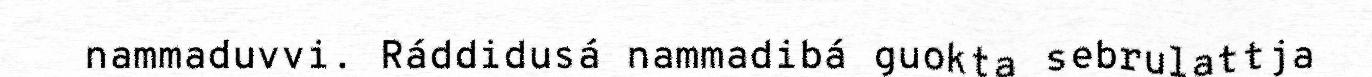
nammaduvvi. Ráddidusá nammadibá guokta sebrulattja